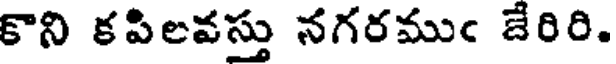
కొని కపిలవస్తు నగరముఁ జేరిరి.